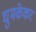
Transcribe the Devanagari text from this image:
घुमकेकर